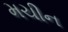
મચીન